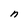
Character: n